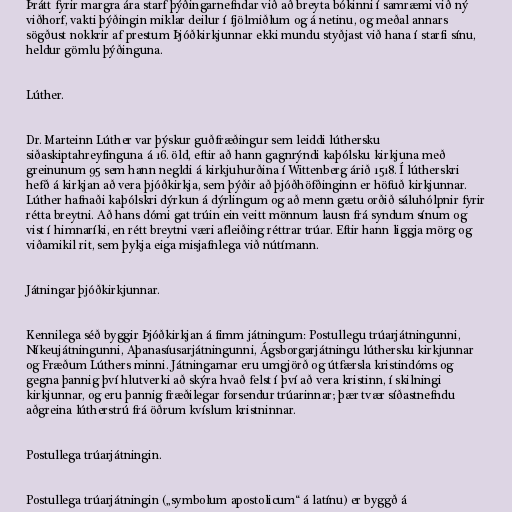
Þrátt fyrir margra ára starf þýðingarnefndar við að breyta bókinni í samræmi við ný
viðhorf, vakti þýðingin miklar deilur í fjölmiðlum og á netinu, og meðal annars
sögðust nokkrir af prestum Þjóðkirkjunnar ekki mundu styðjast við hana í starfi sínu,
heldur gömlu þýðinguna.

Lúther.

Dr. Marteinn Lúther var þýskur guðfræðingur sem leiddi lúthersku
siðaskiptahreyfinguna á 16. öld, eftir að hann gagnrýndi kaþólsku kirkjuna með
greinunum 95 sem hann negldi á kirkjuhurðina í Wittenberg árið 1518. Í lútherskri
hefð á kirkjan að vera þjóðkirkja, sem þýðir að þjóðhöfðinginn er höfuð kirkjunnar.
Lúther hafnaði kaþólskri dýrkun á dýrlingum og að menn gætu orðið sáluhólpnir fyrir
rétta breytni. Að hans dómi gat trúin ein veitt mönnum lausn frá syndum sínum og
vist í himnaríki, en rétt breytni væri afleiðing réttrar trúar. Eftir hann liggja mörg og
viðamikil rit, sem þykja eiga misjafnlega við nútímann.

Játningar þjóðkirkjunnar.

Kennilega séð byggir Þjóðkirkjan á fimm játningum: Postullegu trúarjátningunni,
Níkeujátningunni, Aþanasíusarjátningunni, Ágsborgarjátningu lúthersku kirkjunnar
og Fræðum Lúthers minni. Játningarnar eru umgjörð og útfærsla kristindóms og
gegna þannig því hlutverki að skýra hvað felst í því að vera kristinn, í skilningi
kirkjunnar, og eru þannig fræðilegar forsendur trúarinnar; þær tvær síðastnefndu
aðgreina lútherstrú frá öðrum kvíslum kristninnar.

Postullega trúarjátningin.

Postullega trúarjátningin („symbolum apostolicum“ á latínu) er byggð á